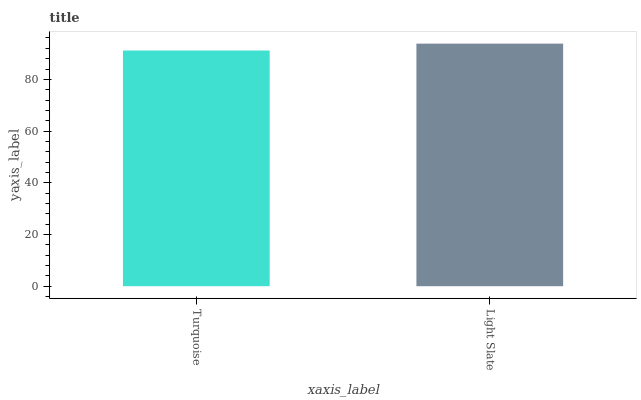
| xaxis_label | bars |
 | --- | --- |
 | Turquoise | 91.2 |
 | Light Slate | 93.8 |